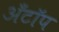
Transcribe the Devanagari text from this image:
अँटॉप